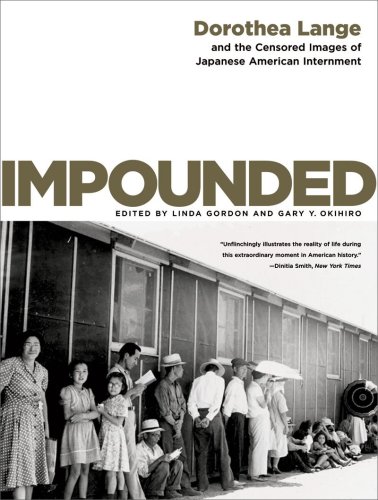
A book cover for Impounded: Dorothea Lange and the Censored Images of Japanese American Internment; Arts & Photography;